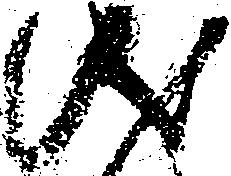
儀